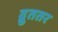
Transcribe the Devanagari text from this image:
द्रुततर